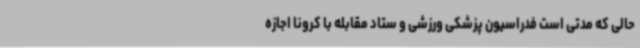
حالی که مدتی است فدراسیون پزشکی ورزشی و ستاد مقابله با کرونا اجازه